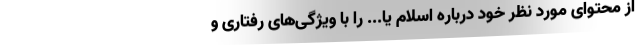
از محتوای مورد نظر خود درباره اسلام یا... را با ویژگی‌های رفتاری و